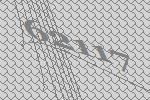
62117